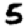
Digit: 5